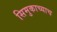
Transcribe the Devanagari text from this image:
सिमुकाच्याच